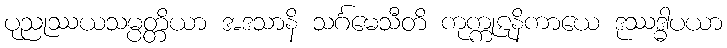
ပုညုဿယသမ္ပတ္တိယာ အဒသာနိ သင်္ဂမေသီတိ ကုက္ကုဋနိကာယေ ဒုဿဒ္ဓါပယာ